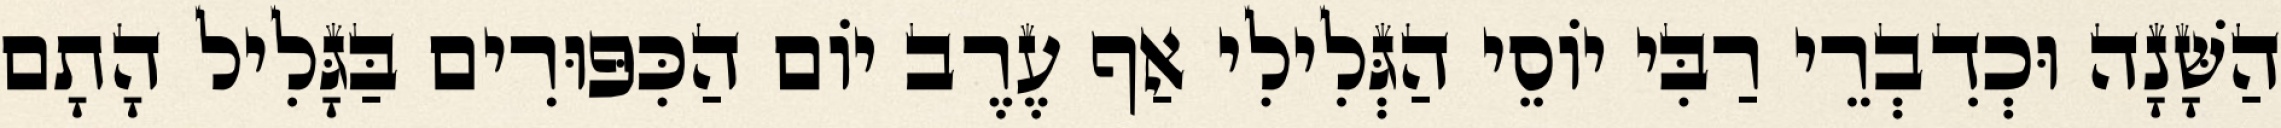
הַשָּׁנָה וּכְדִבְרֵי רַבִּי יוֹסֵי הַגְּלִילִי אַף עֶרֶב יוֹם הַכִּפּוּרִים בַּגָּלִיל הָתָם